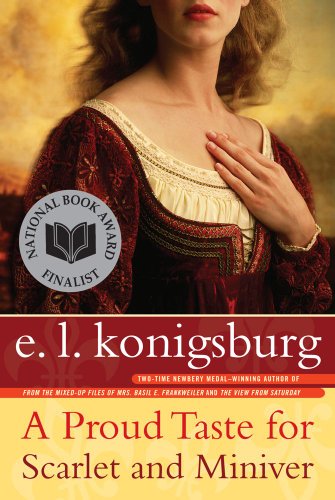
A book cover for A Proud Taste for Scarlet and Miniver; E.L. Konigsburg; Children's Books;